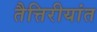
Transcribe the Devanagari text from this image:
तैत्तिरीयांत